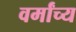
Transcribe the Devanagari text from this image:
वर्मांच्य